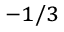
^ { - 1 / 3 }